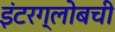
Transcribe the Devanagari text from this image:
इंटरग्लोबची